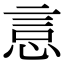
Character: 悥